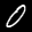
Label: 0